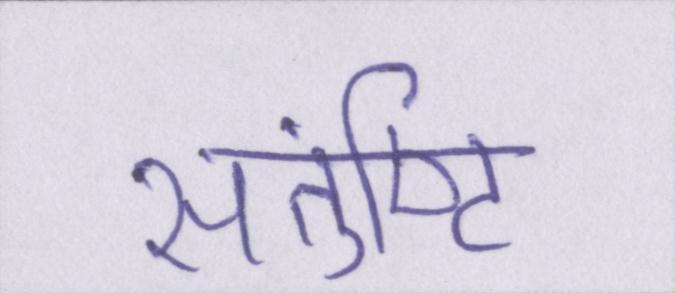
संतुष्टि